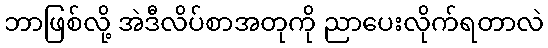
ဘာဖြစ်လို့ အဲဒီလိပ်စာအတုကို ညာပေးလိုက်ရတာလဲ